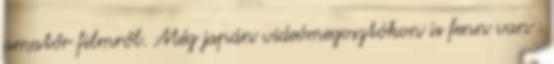
amatőr filmről. Még japán videómegosztókon is fenn van .